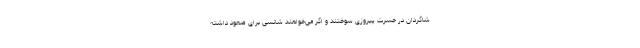
شاگردان در حسرت پیروزی سوختند و اگر می‌خواهند شانسی برای صعود داشته